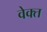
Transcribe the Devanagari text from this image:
वेक्त